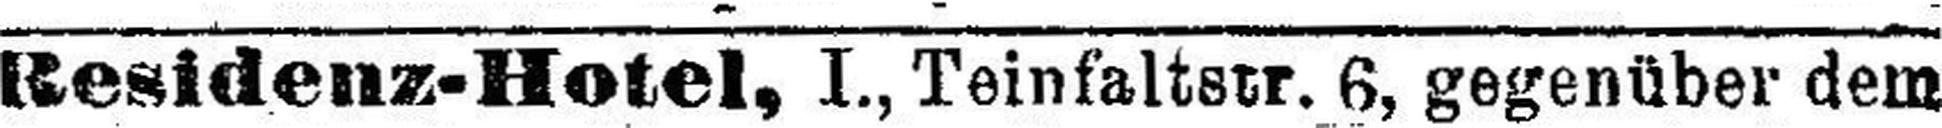
Residenz-Hotel, I., Teinfaltstr. 6, gegenüber dem